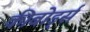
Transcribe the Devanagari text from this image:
कीबोर्ड्स